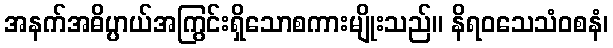
အနက်အဓိပ္ပာယ်အကြွင်းရှိသောစကားမျိုးသည်။ နိရဝသေသံဝစနံ၊